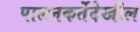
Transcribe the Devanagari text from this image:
पालनकर्तेदेखील